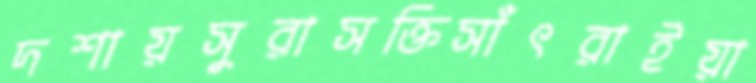
দশায়সুরাসক্তিসাঁৎরাইয়া